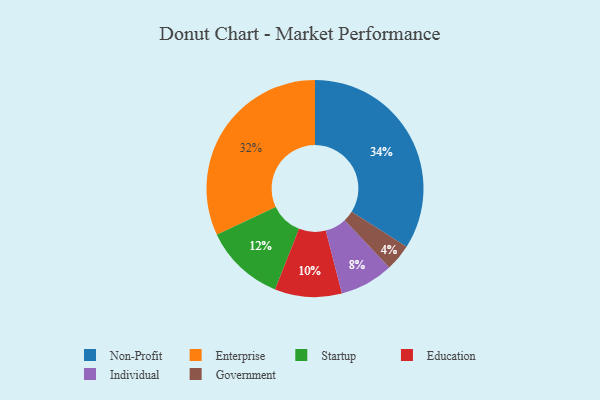
{"axis": {"x": "Category", "y": "Percentage"}, "legend": ["Education", "Enterprise", "Government", "Individual", "Non-Profit", "Startup"], "data": [{"x": "Individual", "y": 8, "type": "Individual"}, {"x": "Startup", "y": 12, "type": "Startup"}, {"x": "Enterprise", "y": 32, "type": "Enterprise"}, {"x": "Non-Profit", "y": 34, "type": "Non-Profit"}, {"x": "Education", "y": 10, "type": "Education"}, {"x": "Government", "y": 4, "type": "Government"}]}